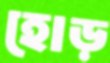
হোড়